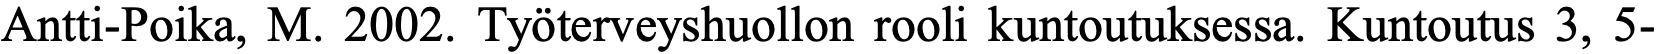
Antti-Poika, M. 2002. Työterveyshuollon rooli kuntoutuksessa. Kuntoutus 3, 5-